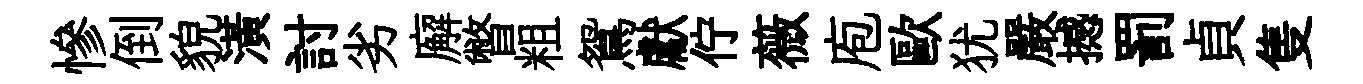
慘倒貌潢討劣廨瞥粗鴛獻佇薇庖歐犹嚴撼罰貞隻